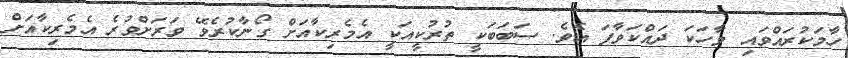
ހާމަކުރައްވައި ވާހަކަ ދައްކަވާފަ އެވެ. ސަބަބަކީ ތުރުކީއަކީ އެމެރިކާއަށް ގޯނާކުރެވޭ ވަރަށްވުރެ އެމެރިކާއަށް